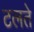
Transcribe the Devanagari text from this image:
टलते